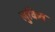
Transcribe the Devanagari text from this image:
लुकिव